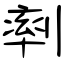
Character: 𠞩